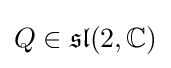
Q\in {\mathfrak {sl}}(2,\mathbb {C} )